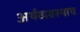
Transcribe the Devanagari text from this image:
अर्थव्यवस्थाच